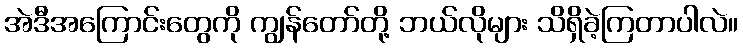
အဲဒီအကြောင်းတွေကို ကျွန်တော်တို့ ဘယ်လိုများ သိရှိခဲ့ကြတာပါလဲ။